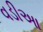
વડીઆ